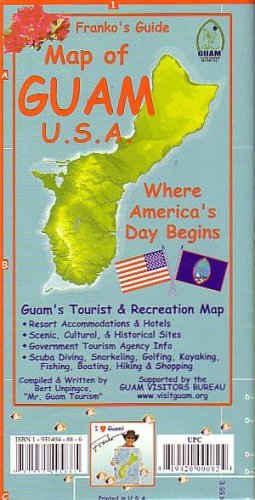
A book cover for Franko's Guide Map of Guam USA; Frank Nielsen; Travel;